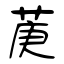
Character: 菮